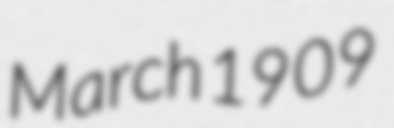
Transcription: March 1909